Bombay plague: being a history of the progress of plague in the Bombay presidency from September 1896 to June 1899
Year: 1896
Disease focus: Plague
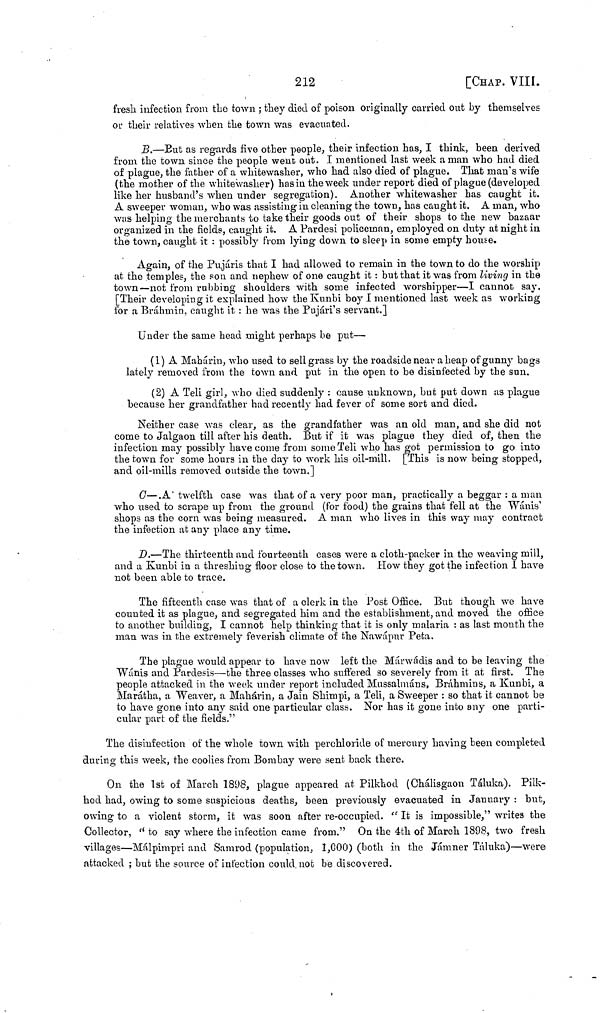
212
[CHAP. VIII.
fresh infection from the town ; they died of poison originally carried out by themselves
or their relatives when the town was evacuated.
B.—Eut as regards five other people, their infection has, I think, been derived
from the town since the people went out. I mentioned last week a man who had died
of plague, the father of a whitewasher, who had also died of plague. That man's wife
(the mother of the whitewasher) has in the week under report died of plague (developed
like her husband's when under segregation). Another whitewasher has caught it.
A sweeper woman, who was assisting in cleaning the town, has caught it. A man, who
was helping the merchants tο take their goods out of their shops to the new bazaar
organized in the fields, caught it. A Pardesi policeman, employed on duty at night in
thé town, caught it : possibly from lying down to sleep in some empty house.
Again, of the Pujáris that I had allowed to remain in the town to do the worship
at the temples, the son and nephew of one caught it : but that it was from living in the
town—not from rubbing shoulders with some infected worshipper—I cannot say.
[Their developing it explained how the kunbi boy I mentioned last week as working
for a Brahmin, caught it : he was the Pujári's servant.]
Under the same head might perhaps be put—
(1) A Mahárin, who used to sell grass by the roadside near a heap of gunny bags
lately removed from the town and put in the open to be disinfected by the sun.
(2) A Teli girl, who died suddenly : cause unknown, but put down as plague
because her grandfather had recently had fever of some sort and died.
Neither case was clear, as the grandfather was an old man, and she did not
come to Jalgaon till after his death. But if it was plague they died of, then the
infection may possibly have come from some Teli who has got permission to go into
the town for some hours in the day to work his oil-mill. [This is now being stopped,
and oil-mills removed outside the town.]
C—.A twelfth case was that of a very poor man, practically a beggar : a man
who used to scrape up from the ground (for food) the grains that fell at the Wánis'
shops as the corn was being measured. A man who lives in this way may contract
the infection at any place any time.
D.—The thirteenth and fourteenth cases were a cloth-packer in the weaving mill,
and a Kunbi in a threshing floor close to the town. How they got the infection I have
not been able to trace.
The fifteenth case was that of a clerk in the Post Office. But though we have
counted it as plague, and segregated him and the establishment, and moved the office
to another building, I cannot help thinking that it is only malaria : as last month the
man was in the extremely feverish climate of the Nawápur Peta.
The plague would appear to have now left the Márwádis and to be leaving the
Wánis and Pardesis—the three classes who suffered so severely from it at first. The
people attacked in the week under report included Mussalmáns, Bráhmins, a Kunbi, a
Marátha, a Weaver, a Mahárin, a Jain Shimpi, a Teli, a Sweeper : so that it cannot be
to have gone into any said one particular class. Nor has it gone into any one parti-
cular part of the fields."
The disinfection of the whole town with perchloride of mercury having been completed
during this week, the coolies from Bombay were sent back there.
On the 1st of March 1898, plague appeared at Pilkhod (Chálisgaon Táluka). Pilk-
hod had, owing to some suspicious deaths, been previously evacuated in January : but,
owing to a violent storm, it was soon after re-occupied. "It is impossible," writes the
Collector, " to say where the infection came from." On the 4th of March 1898, two fresh
villages—Málpimpri and Samrod (population, 1,000) (both in the Jámner Táluka)—were
attacked ; but the source of infection could not be discovered.